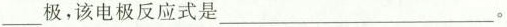
___极，该电极反应式是___。